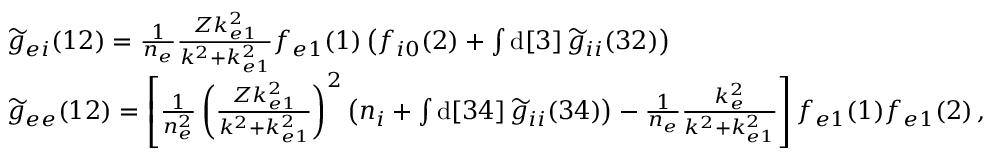
\begin{array} { r l } & { \widetilde { g } _ { e i } ( 1 2 ) = \frac { 1 } { n _ { e } } \frac { Z k _ { e 1 } ^ { 2 } } { k ^ { 2 } + k _ { e 1 } ^ { 2 } } f _ { e 1 } ( 1 ) \left( f _ { i 0 } ( 2 ) + \int \mathrm { d } [ 3 ] \, \widetilde { g } _ { i i } ( 3 2 ) \right) } \\ & { \widetilde { g } _ { e e } ( 1 2 ) = \left[ \frac { 1 } { n _ { e } ^ { 2 } } \left( \frac { Z k _ { e 1 } ^ { 2 } } { k ^ { 2 } + k _ { e 1 } ^ { 2 } } \right) ^ { 2 } \left( n _ { i } + \int \mathrm { d } [ 3 4 ] \, \widetilde { g } _ { i i } ( 3 4 ) \right) - \frac { 1 } { n _ { e } } \frac { k _ { e } ^ { 2 } } { k ^ { 2 } + k _ { e 1 } ^ { 2 } } \right] f _ { e 1 } ( 1 ) f _ { e 1 } ( 2 ) \, , } \end{array}